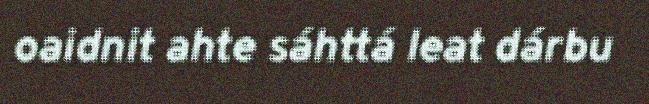
oaidnit ahte sáhttá leat dárbu